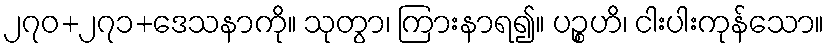
၂၇၀+၂၇၁+ဒေသနာကို။ သုတွာ၊ ကြားနာရ၍။ ပဉ္စဟိ၊ ငါးပါးကုန်သော။